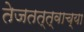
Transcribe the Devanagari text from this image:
तेजतत्त्वाच्या